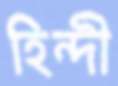
হিন্দী